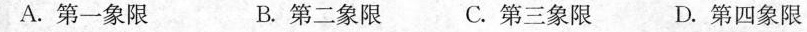
A.第一象限 B.第二象限 C.第三象限 D.第四象限